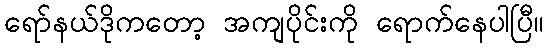
ရော်နယ်ဒိုကတော့ အကျပိုင်းကို ရောက်နေပါပြီ။